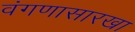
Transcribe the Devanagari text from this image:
वंगणासारखा